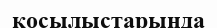
қосылыстарыңда